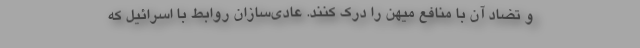
و تضاد آن با منافع میهن را درک کنند. عادی‌سازان روابط با اسرائیل که